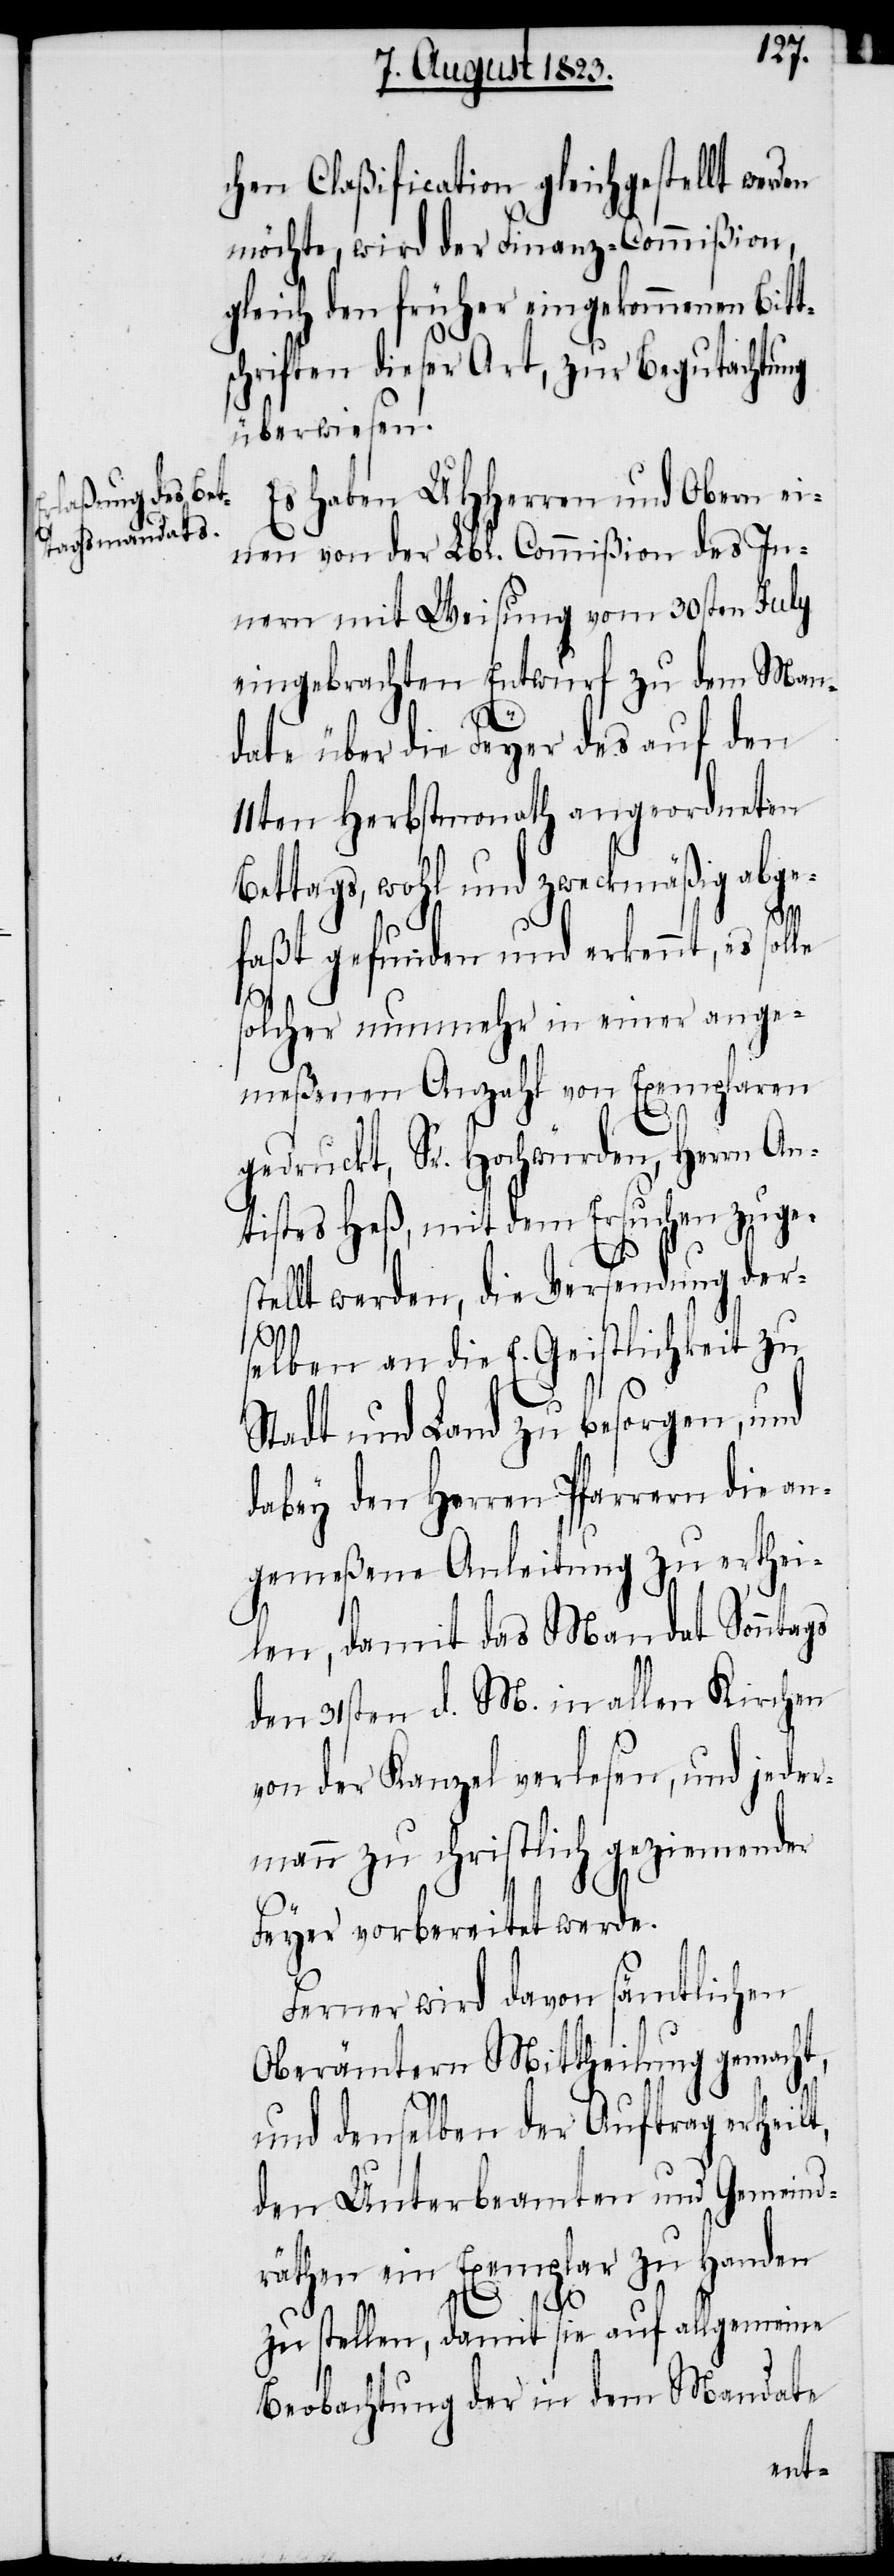
chen Claßification gleichgestellt werden
möchte, wird der Finanz-Commißion,
gleich den früher eingekommenen Bitt¬
schriften dieser Art, zur Begutachtung
überwiesen.
Es haben UHHerren und Obern ei¬
nen von der Lbl. Commißion des In¬
nern mit Weisung vom 30sten July
eingebrachten Entwurf zu dem Man¬
date über die Feyer des auf den
11ten Herbstmonath angeordneten
Bettags, wohl und zweckmäßig abge¬
faßt gefunden und erkennt, es solle
solcher nunmehr in einer ange¬
meßenen Anzahl von Exemplaren
gedruckt, Sr. Hochwürden, Herrn An¬
tistes Heß, mit dem Ersuchen zuges¬
tellt werden, die Versendung der¬
n.
selben an die E. Geistlichkeit zu
Stadt und Land zu besorgen, und
dabey den Herren Pfarrern die an¬
gemeßene Anleitung zu erthei¬
len, damit das Mandat Sonntags
den 31sten d. M. in allen Kirchen
von der Kanzel verlesen, und jeder¬
mann zu christlich geziemender
Feyer vorbereitet werde¬
Ferner wird davon sämtlichen
Oberämtern Mittheilung gemacht,
und denselben der Auftrag ertheil¬
den Unterbeamten und Gemeind¬
räthen ein Exemplar zu Handen
t,
zu stellen, damit sie auf allgemeine
Beobachtung der in dem Mandate